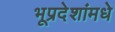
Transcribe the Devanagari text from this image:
भूप्रदेशांमधे